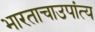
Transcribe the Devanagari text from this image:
भारताचाउपांत्य